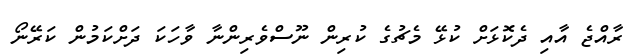
ރާއްޖެ އާއި ދެކޮޅަށް ކުޅޭ މެޗުގެ ކުރިން ނޫސްވެރިންނާ ވާހަކަ ދަށްކަމުން ކަރޭނޯ